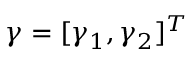
\boldsymbol { \gamma } = [ \gamma _ { 1 } , \gamma _ { 2 } ] ^ { T }